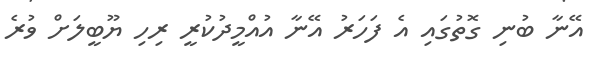
އޭނާ ބުނި ގޮތުގައި އެ ފަހަރު އޭނާ އުއްމީދުކުރީ ރިހި ޔޫބީލަށް ވުރެ